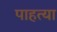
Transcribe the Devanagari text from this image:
पाहत्या